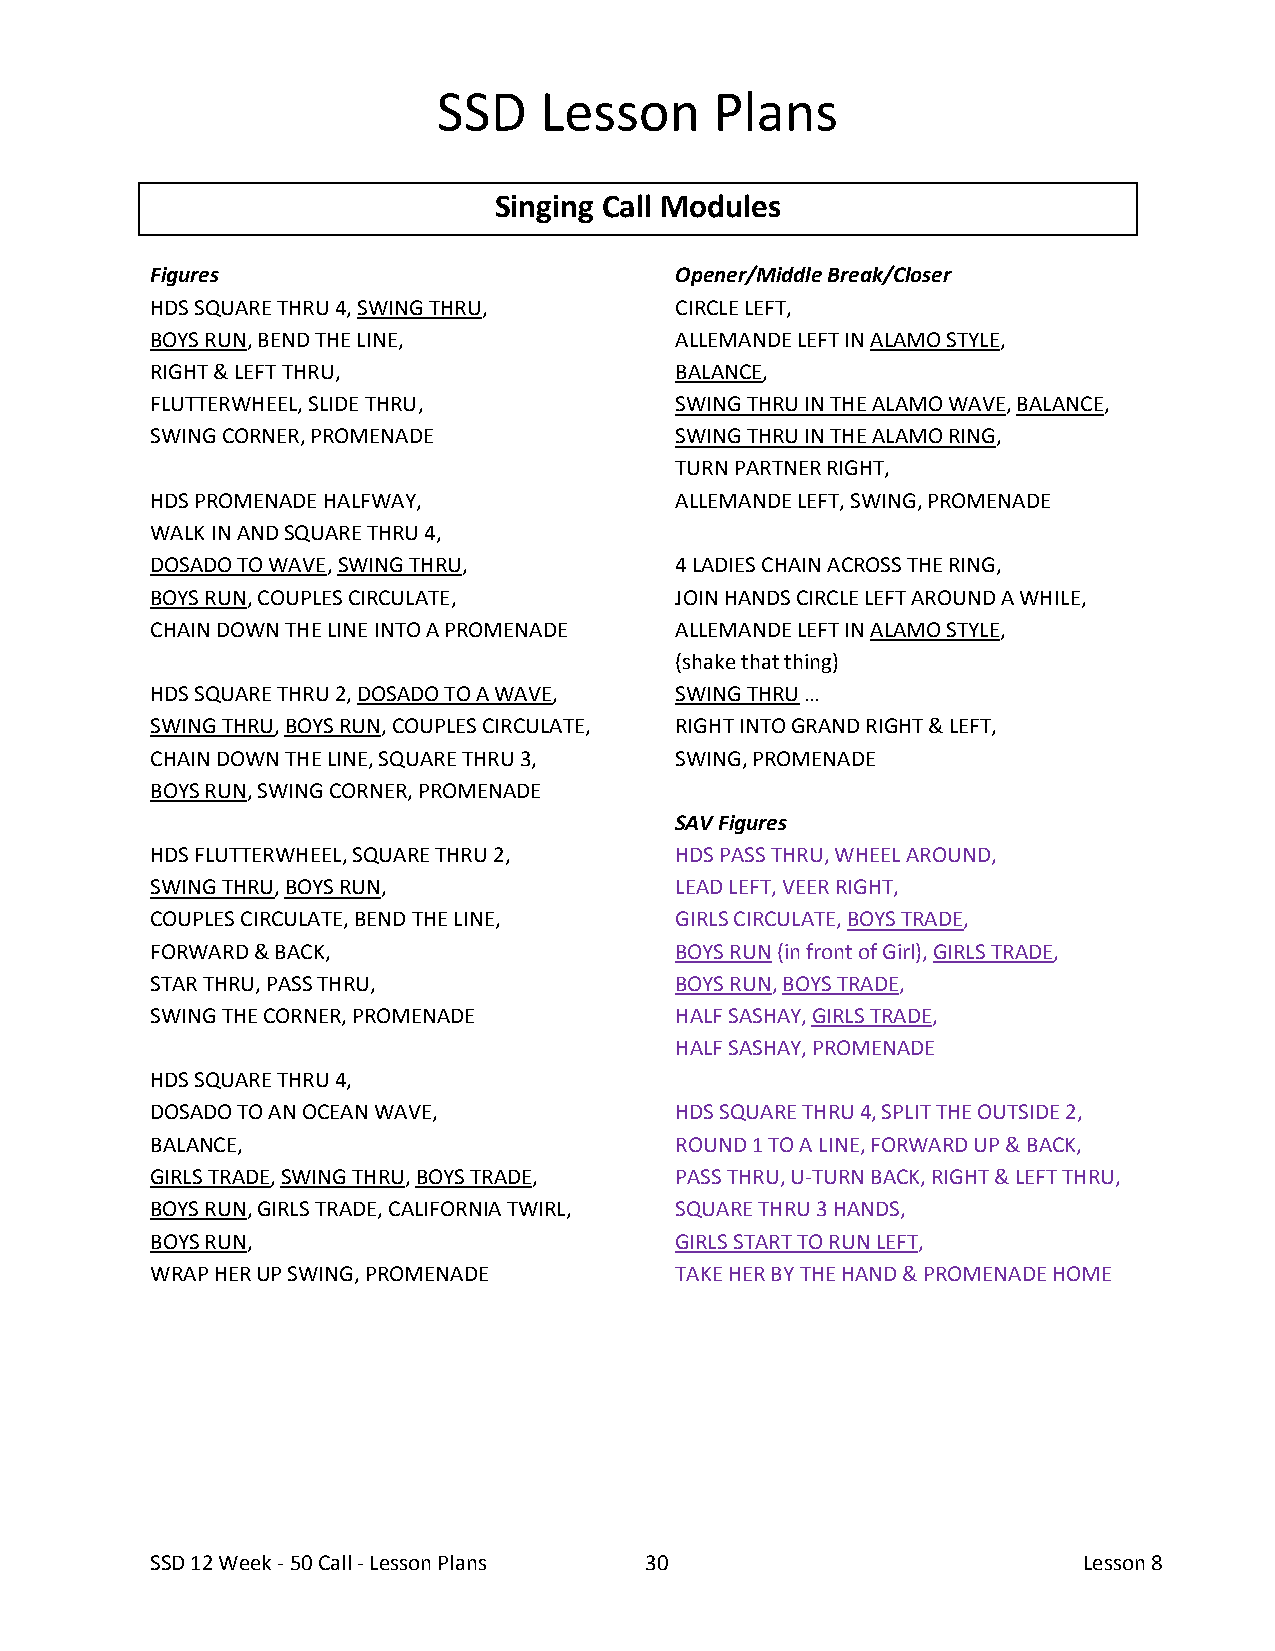
SSD    Lesson     Plans
 Singing Call Modules
 Figures                            Opener/Middle Break/Closer
 HDS SQUARE THRU 4, SWING THRU,     CIRCLE LEFT,
 BOYS RUN, BEND THE LINE,           ALLEMANDE LEFT IN ALAMO STYLE,
 RIGHT & LEFT THRU,                 BALANCE,
 FLUTTERWHEEL, SLIDE THRU,          SWING THRU IN THE ALAMO WAVE, BALANCE,
 SWING CORNER, PROMENADE            SWING THRU IN THE ALAMO RING,
 TURN PARTNER RIGHT,
 HDS PROMENADE HALFWAY,             ALLEMANDE LEFT, SWING, PROMENADE
 WALK IN AND SQUARE THRU 4,
 DOSADO TO WAVE, SWING THRU,        4 LADIES CHAIN ACROSS THE RING,
 BOYS RUN, COUPLES CIRCULATE,       JOIN HANDS CIRCLE LEFT AROUND A WHILE,
 CHAIN DOWN THE LINE INTO A PROMENADE ALLEMANDE LEFT IN ALAMO STYLE,
 (shake that thing)
 HDS SQUARE THRU 2, DOSADO TO A WAVE, SWING THRU …
 SWING THRU, BOYS RUN, COUPLES CIRCULATE, RIGHT INTO GRAND RIGHT & LEFT,
 CHAIN DOWN THE LINE, SQUARE THRU 3, SWING, PROMENADE
 BOYS RUN, SWING CORNER, PROMENADE
 SAV Figures
 HDS FLUTTERWHEEL, SQUARE THRU 2,   HDS PASS THRU, WHEEL AROUND,
 SWING THRU, BOYS RUN,              LEAD LEFT, VEER RIGHT,
 COUPLES CIRCULATE, BEND THE LINE,  GIRLS CIRCULATE, BOYS TRADE,
 FORWARD & BACK,                    BOYS RUN (in front of Girl), GIRLS TRADE,
 STAR THRU, PASS THRU,              BOYS RUN, BOYS TRADE,
 SWING THE CORNER, PROMENADE        HALF SASHAY, GIRLS TRADE,
 HALF SASHAY, PROMENADE
 HDS SQUARE THRU 4,
 DOSADO TO AN OCEAN WAVE,           HDS SQUARE THRU 4, SPLIT THE OUTSIDE 2,
 BALANCE,                           ROUND 1 TO A LINE, FORWARD UP & BACK,
 GIRLS TRADE, SWING THRU, BOYS TRADE, PASS THRU, U-TURN BACK, RIGHT & LEFT THRU,
 BOYS RUN, GIRLS TRADE, CALIFORNIA TWIRL, SQUARE THRU 3 HANDS,
 BOYS RUN,                          GIRLS START TO RUN LEFT,
 WRAP HER UP SWING, PROMENADE       TAKE HER BY THE HAND & PROMENADE HOME
 SSD 12 Week - 50 Call - Lesson Plans 30                       Lesson 8